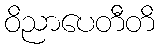
ဝိညာပေတီတိ